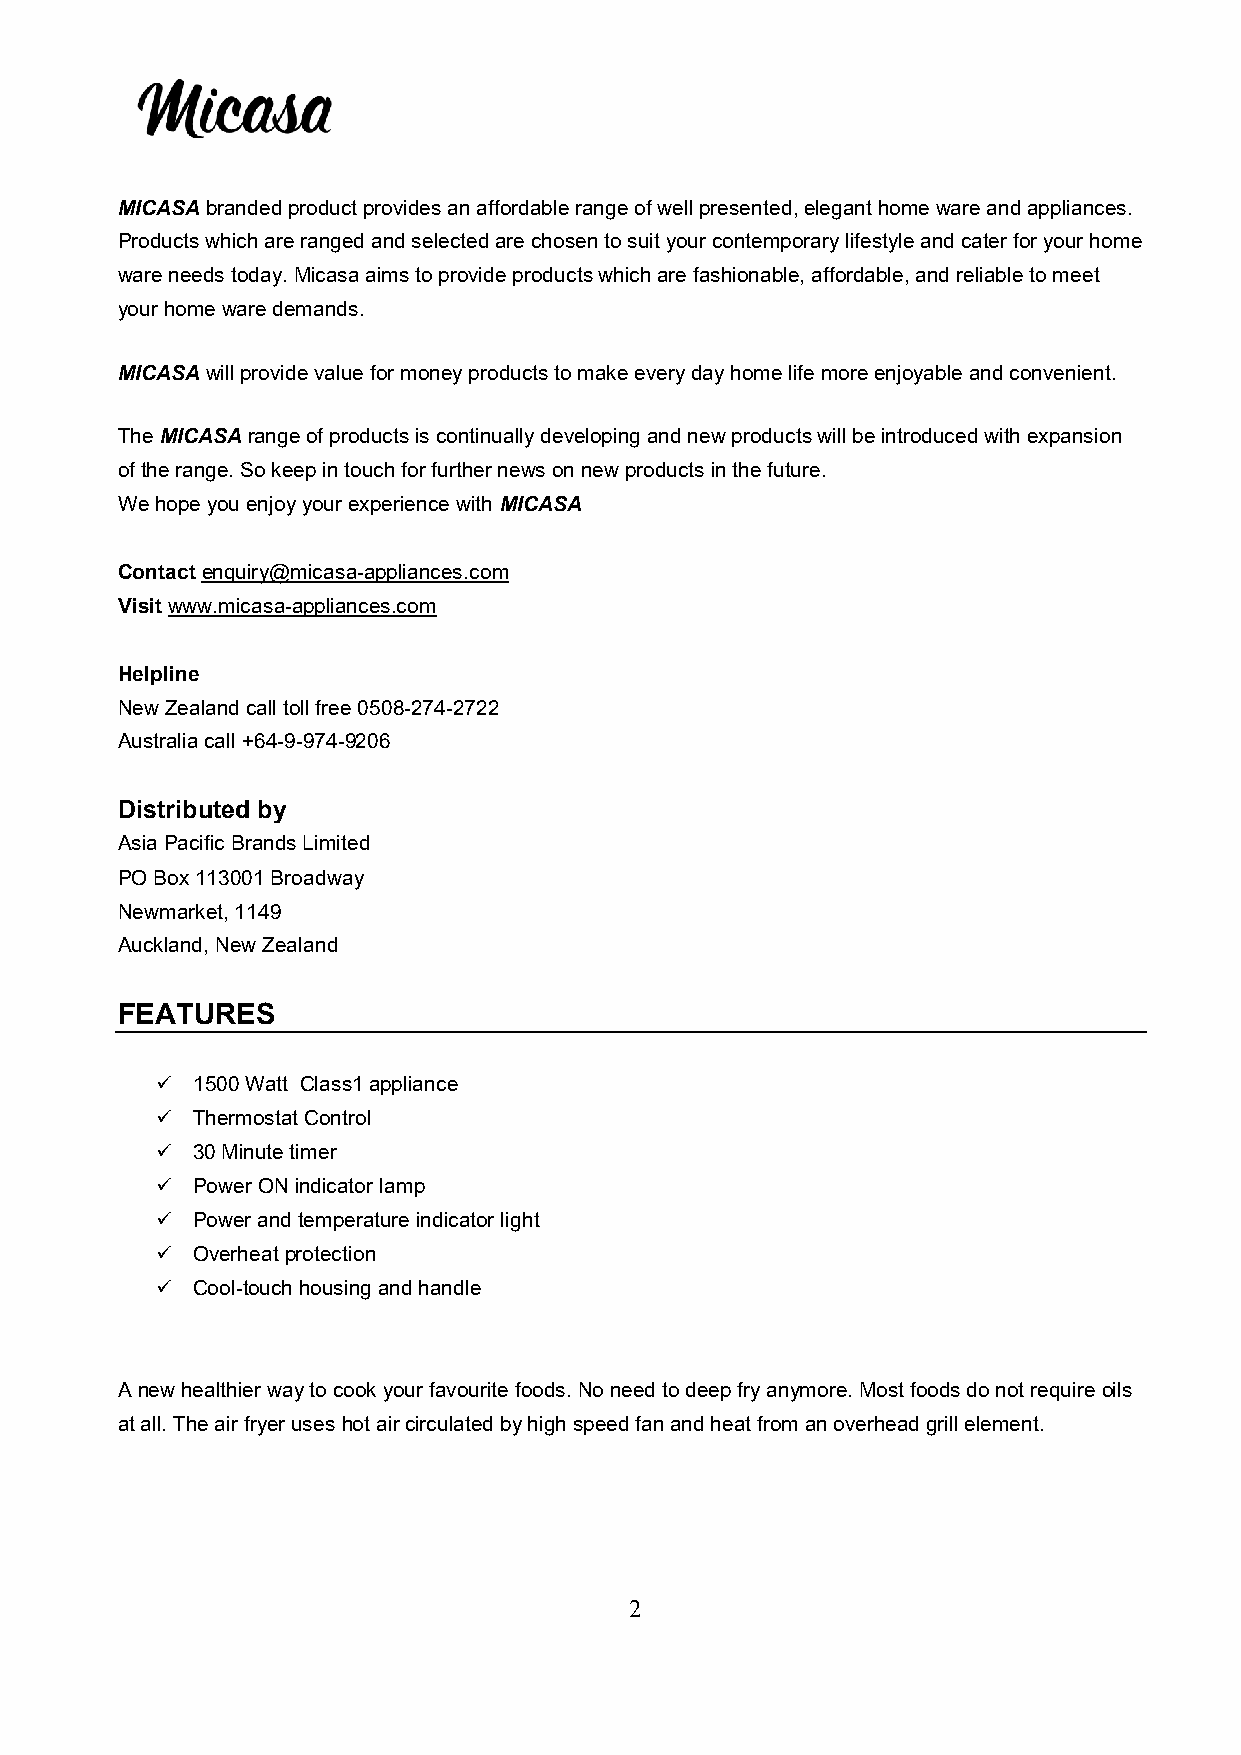
MICASA branded product provides an affordable range of well presented, elegant home ware and appliances.
 Products which are ranged and selected are chosen to suit your contemporary lifestyle and cater for your home
 ware needs today. Micasa aims to provide products which are fashionable, affordable, and reliable to meet
 your home ware demands.
 MICASA will provide value for money products to make every day home life more enjoyable and convenient.
 The MICASA range of products is continually developing and new products will be introduced with expansion
 of the range. So keep in touch for further news on new products in the future.
 We hope you enjoy your experience with MICASA
 Contact enquiry@micasa-appliances.com
 Visit www.micasa-appliances.com
 Helpline
 New Zealand call toll free 0508-274-2722
 Australia call +64-9-974-9206
 Distributed by
 Asia Pacific Brands Limited
 PO Box 113001 Broadway
 Newmarket, 1149
 Auckland, New Zealand
 FEATURES
   1500 Watt Class1 appliance
   Thermostat Control
   30 Minute timer
   Power ON indicator lamp
   Power and temperature indicator light
   Overheat protection
   Cool-touch housing and handle
 A new healthier way to cook your favourite foods. No need to deep fry anymore. Most foods do not require oils
 at all. The air fryer uses hot air circulated by high speed fan and heat from an overhead grill element.
 2